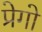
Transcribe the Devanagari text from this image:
प्रेगो